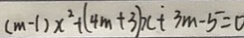
( m - 1 ) x ^ { 2 } + ( 4 m + 3 ) x + 3 m - 5 = 0